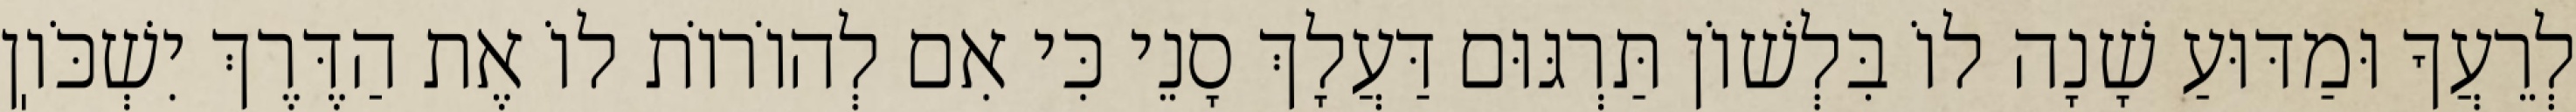
לְרֵעֲךָ וּמַדּוּעַ שָׁנָה לוֹ בִּלְשׁוֹן תַּרְגּוּם דַּעֲלָךְ סָנֵי כִּי אִם לְהוֹרוֹת לוֹ אֶת הַדֶּרֶךְ יִשְׁכֹּוֽן